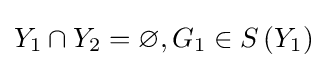
Y_{1}\cap Y_{2}=\varnothing ,G_{1}\in S\left(Y_{1}\right)